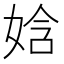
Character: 娢